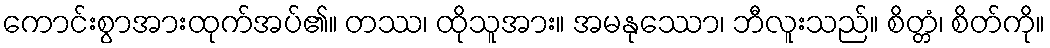
ကောင်းစွာအားထုက်အပ်၏။ တဿ၊ ထိုသူအား။ အမနုဿော၊ ဘီလူးသည်။ စိတ္တံ၊ စိတ်ကို။